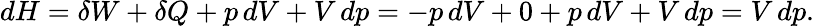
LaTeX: dH=\delta W+\delta Q+p\, dV+V\, dp=-p\, dV+0+p\, dV+V\, dp=V\, dp.